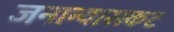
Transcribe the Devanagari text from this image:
जनान्यासकट